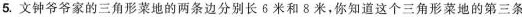
5.文钟爷爷家的三角形菜地的两条边分别长δ米和8米，你知道这个三角形菜地的第三条